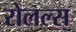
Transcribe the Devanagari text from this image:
रोलल्स